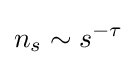
n_{s}\sim s^{-\tau }\,\!